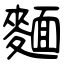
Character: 麵